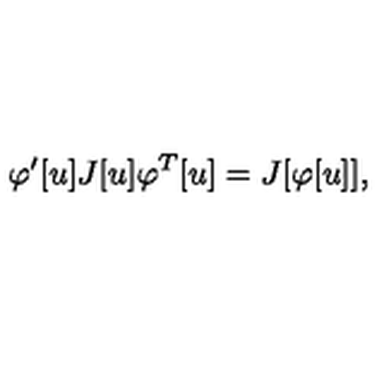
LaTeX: \varphi ^ { \prime } [ u ] J [ u ] \varphi ^ { T } [ u ] = J [ \varphi [ u ] ] ,